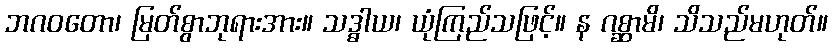
ဘဂဝတော၊ မြတ်စွာဘုရားအား။ သဒ္ဓါယ၊ ယုံကြည်သဖြင့်။ န ဂစ္ဆာမိ၊ သိသည်မဟုတ်။